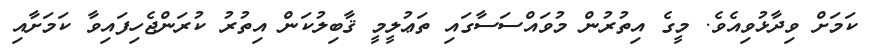
ކަމަށް ވިދާޅުވިއެވެ. މީގެ އިތުރުން މުވައްސަސާގައި ތަޢުލީމީ ޤާބިލުކަން އިތުރު ކުރަންޖެހިފައިވާ ކަމަށާއި